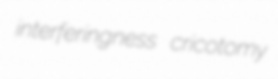
interferingness cricotomy